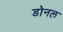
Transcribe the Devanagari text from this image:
डोनल